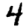
Digit: 4